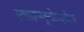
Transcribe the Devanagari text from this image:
स्यात्तन्न्यूनोऽर्द्धरथ